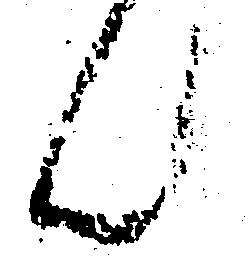
ん